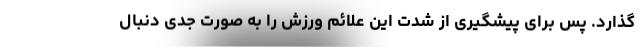
گذارد. پس برای پیشگیری از شدت این علائم ورزش را به صورت جدی دنبال